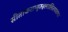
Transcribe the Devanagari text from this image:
सीताकराम्बुरुहलालितपादपद्म